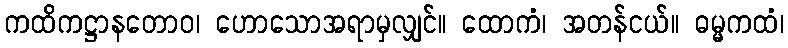
ကထိကဋ္ဌာနတောဝ၊ ဟောသောအရာမှလျှင်။ ထောကံ၊ အတန်ငယ်။ ဓမ္မကထံ၊